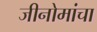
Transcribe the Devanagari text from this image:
जीनोमांचा